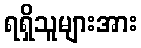
ရရှိသူများအား